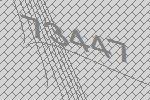
73447